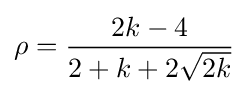
\rho ={\frac {2k-4}{2+k+2{\sqrt {2k}}}}